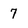
Character: 7